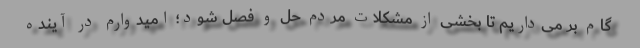
گام بر می‌داریم تا بخشی از مشکلات مردم حل و فصل شود؛ امیدوارم در آینده